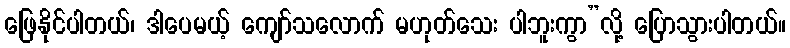
ဖြေနိုင်ပါတယ်၊ ဒါပေမယ့် ကျော်သလောက် မဟုတ်သေး ပါဘူးကွာ”လို့ ပြောသွားပါတယ်။